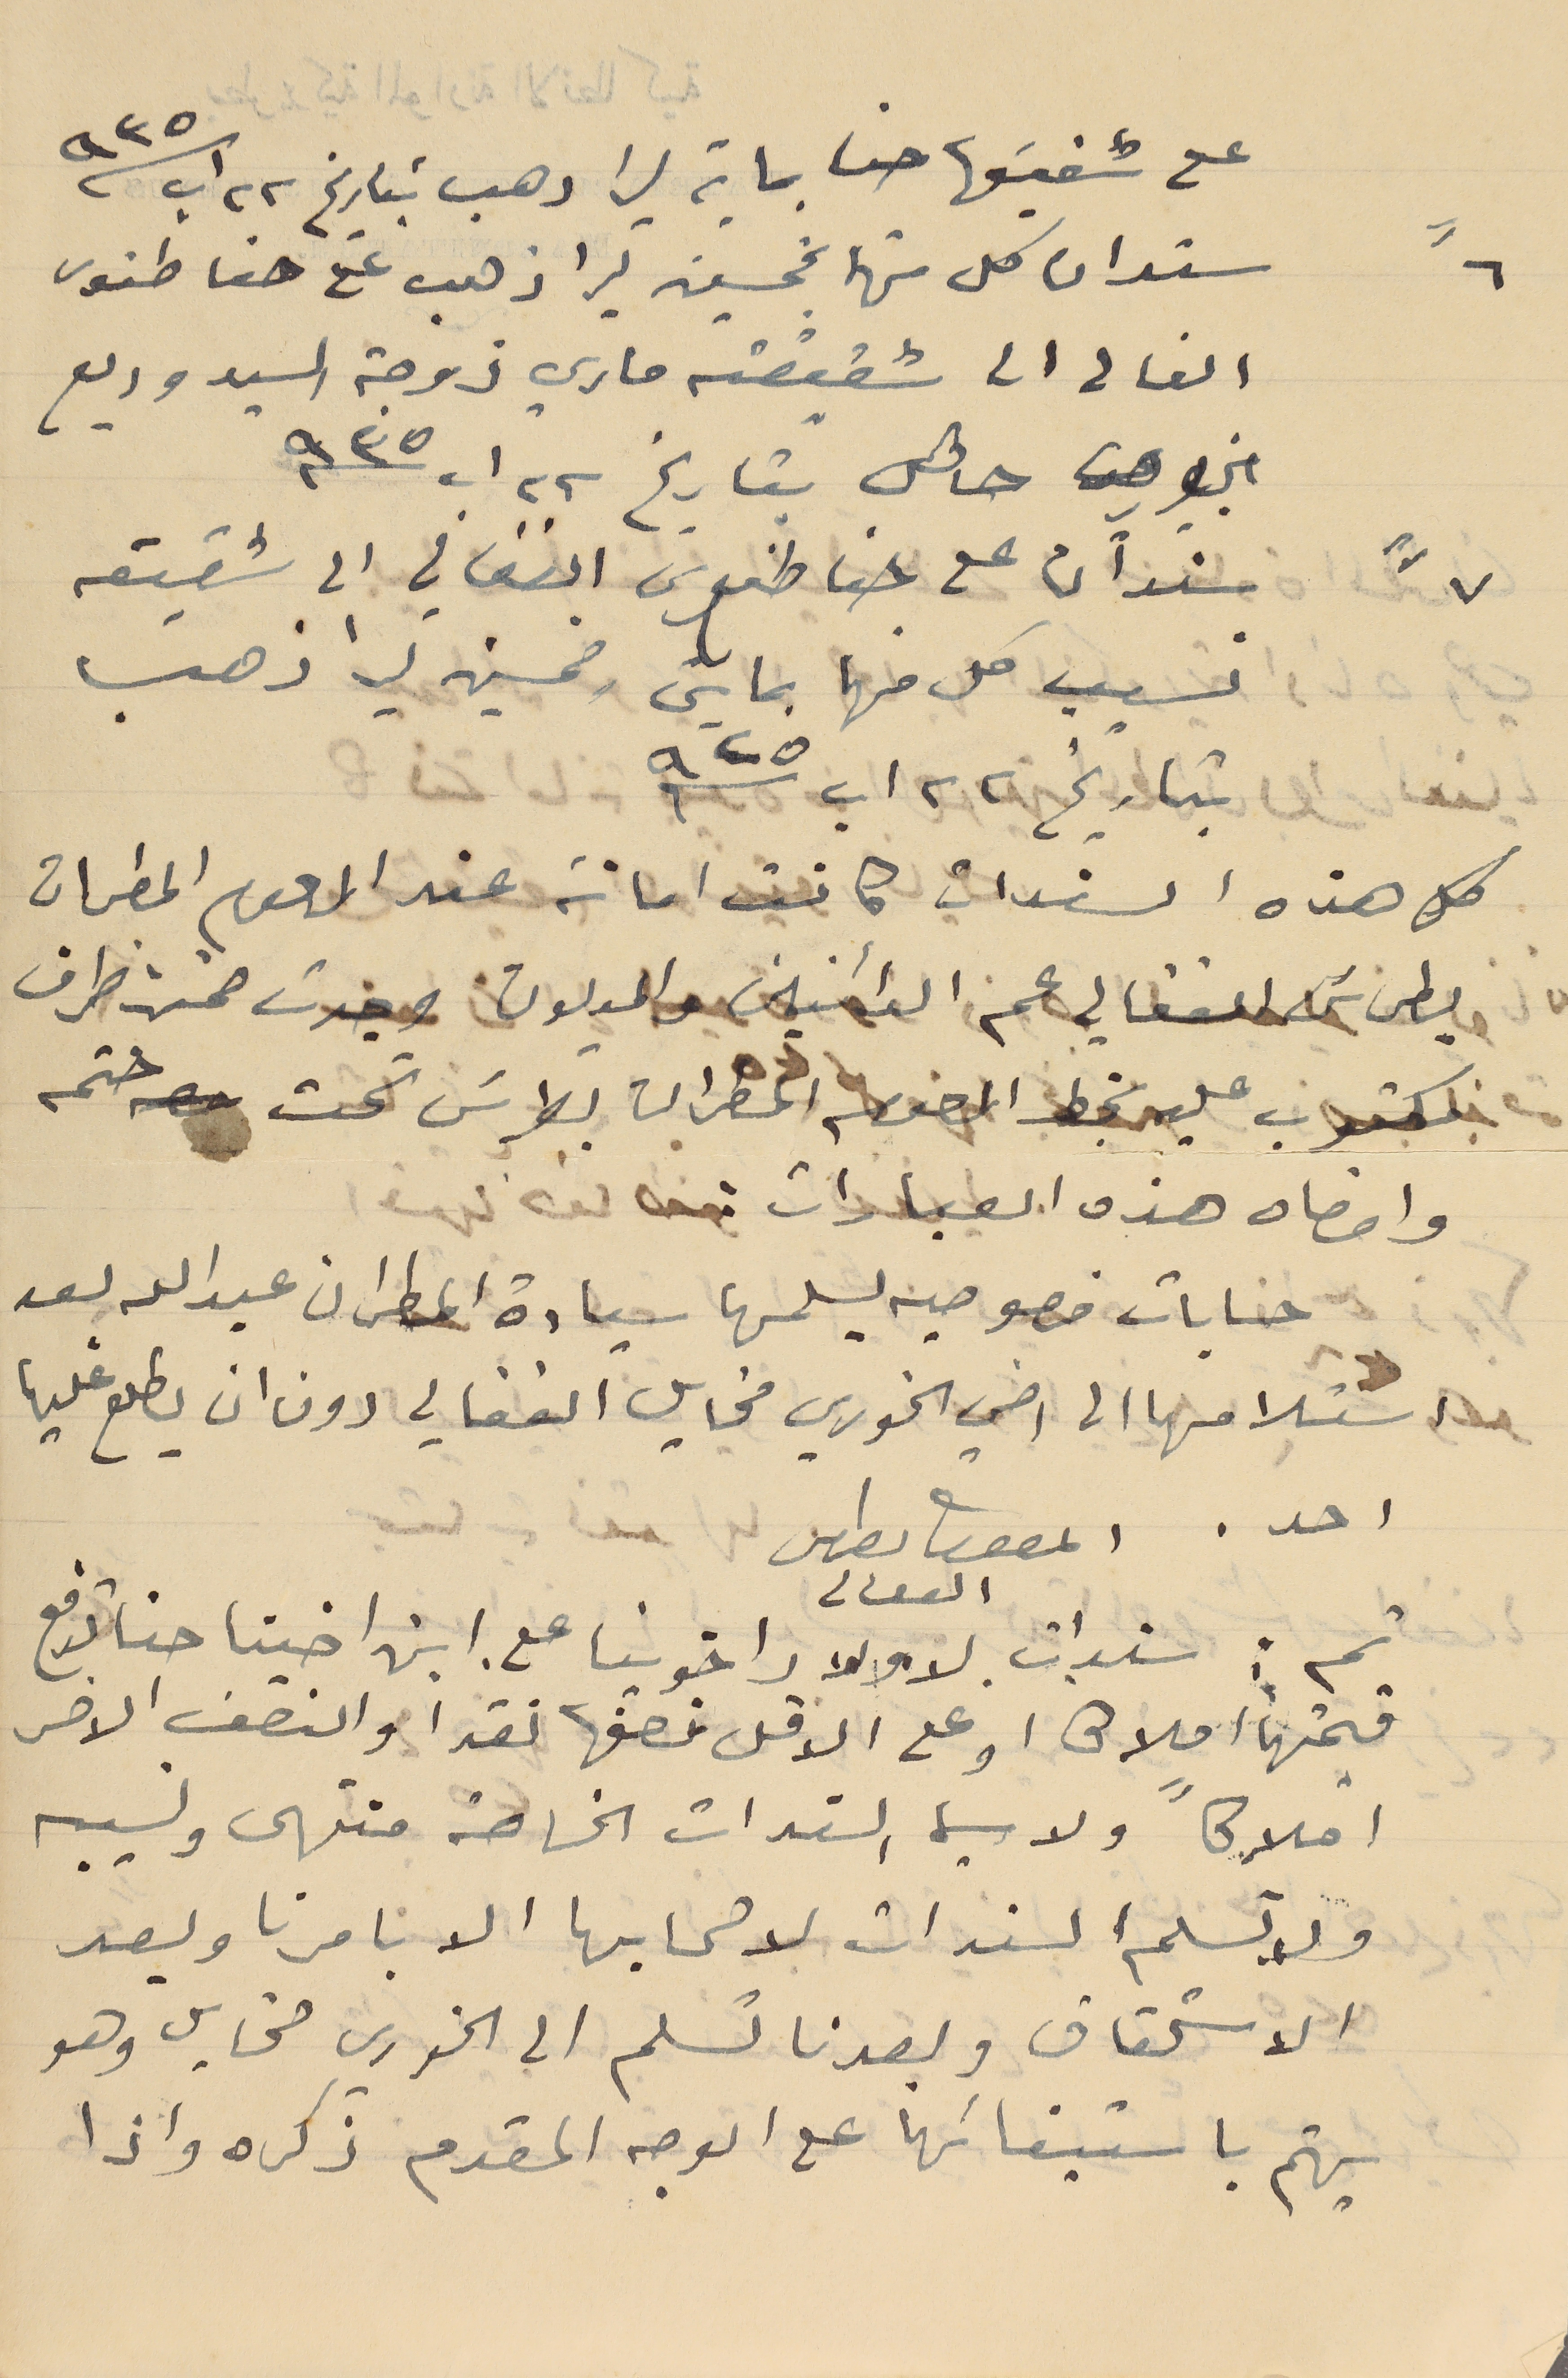
على شقيقها حنا بماية ليرا دهب بتاريخ ٢٢ اب سنة ٩٣٥
سندان كل منهما بخمسين ليرا ذهب على حنا طنوس
الغالى الى شقيقته ماري زوجة السيد وديع
ابن حاقل بتاريخ ٢٢ اب سنة ٩٣٥
 سَندان على حنا طنوس الفغالي الى شقيقه
نسيب كل منها بمايتى وخمسين ليرا ذهب
بتاريخ ٢٢ اب سنة ٩٢٥
كل هذه السندات كانت امانة عند المرحوم المطران
بطرسَ الفغالي عم الدائنين والديون وجدت ضمن ظرف
مكتوب عليه بخط المرحوم المطران بطرسَ تحت ختمه
 وامضاه هذه العبارات :
استلامها الى اخي الخوري مخايل الفغالي دون ان يطلع عليها
احد.
قيمتهماً أملاكا او على الاقل نصفها نقدا والنصف الاخر
املاكاً ولا سيما السندات الخاصة منتهى ونسيبه
ولا تسلم السندات لاصحابها الا بامرنا وبعد
الاستحقاق وبعدنا تسلم الى الخوري مخايل وهو
يهتم باستيفائها على الوجه المقدم ذكره واذا
٦"
٧"
حسابات خصوصيه يسلمها سيادة المطران عبدالله بعد
المطران ىطرس
الفغالى
ثم : سندات لاولاد اخوينا مع ابن اخينا حنا تدفع